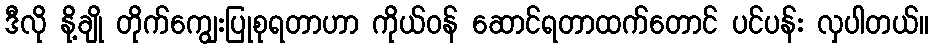
ဒီလို နို့ချို တိုက်ကျွေးပြုစုရတာဟာ ကိုယ်ဝန် ဆောင်ရတာထက်တောင် ပင်ပန်း လှပါတယ်။